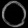
Digit: ၀